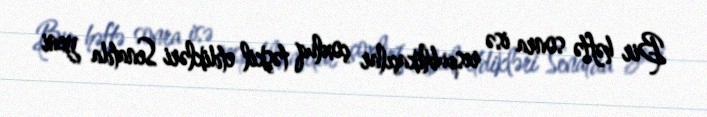
Bir həftə sonra isə respublikaçılar çoxluq təşkil etdikləri Senatda yeni